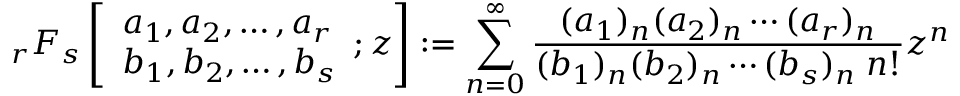
_ { r } F _ { s } \left[ { \begin{array} { l } { a _ { 1 } , a _ { 2 } , \dotsc , a _ { r } } \\ { b _ { 1 } , b _ { 2 } , \dotsc , b _ { s } } \end{array} } ; z \right] : = \sum _ { n = 0 } ^ { \infty } { \frac { ( a _ { 1 } ) _ { n } ( a _ { 2 } ) _ { n } \dotsb ( a _ { r } ) _ { n } } { ( b _ { 1 } ) _ { n } ( b _ { 2 } ) _ { n } \dotsb ( b _ { s } ) _ { n } \; n ! } } z ^ { n }